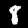
Digit: 8